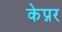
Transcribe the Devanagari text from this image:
केप्नर